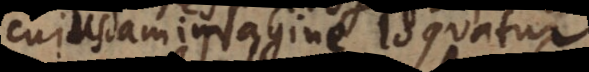
cujusdam imagine loquatur.